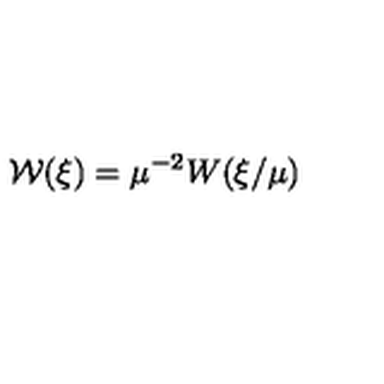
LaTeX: { \mathcal W } ( \mathrm { \boldmath \xi } ) = \mu ^ { - 2 } W ( \mathrm { \boldmath \xi } / \mu )